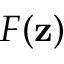
F ( \mathbf { z } )